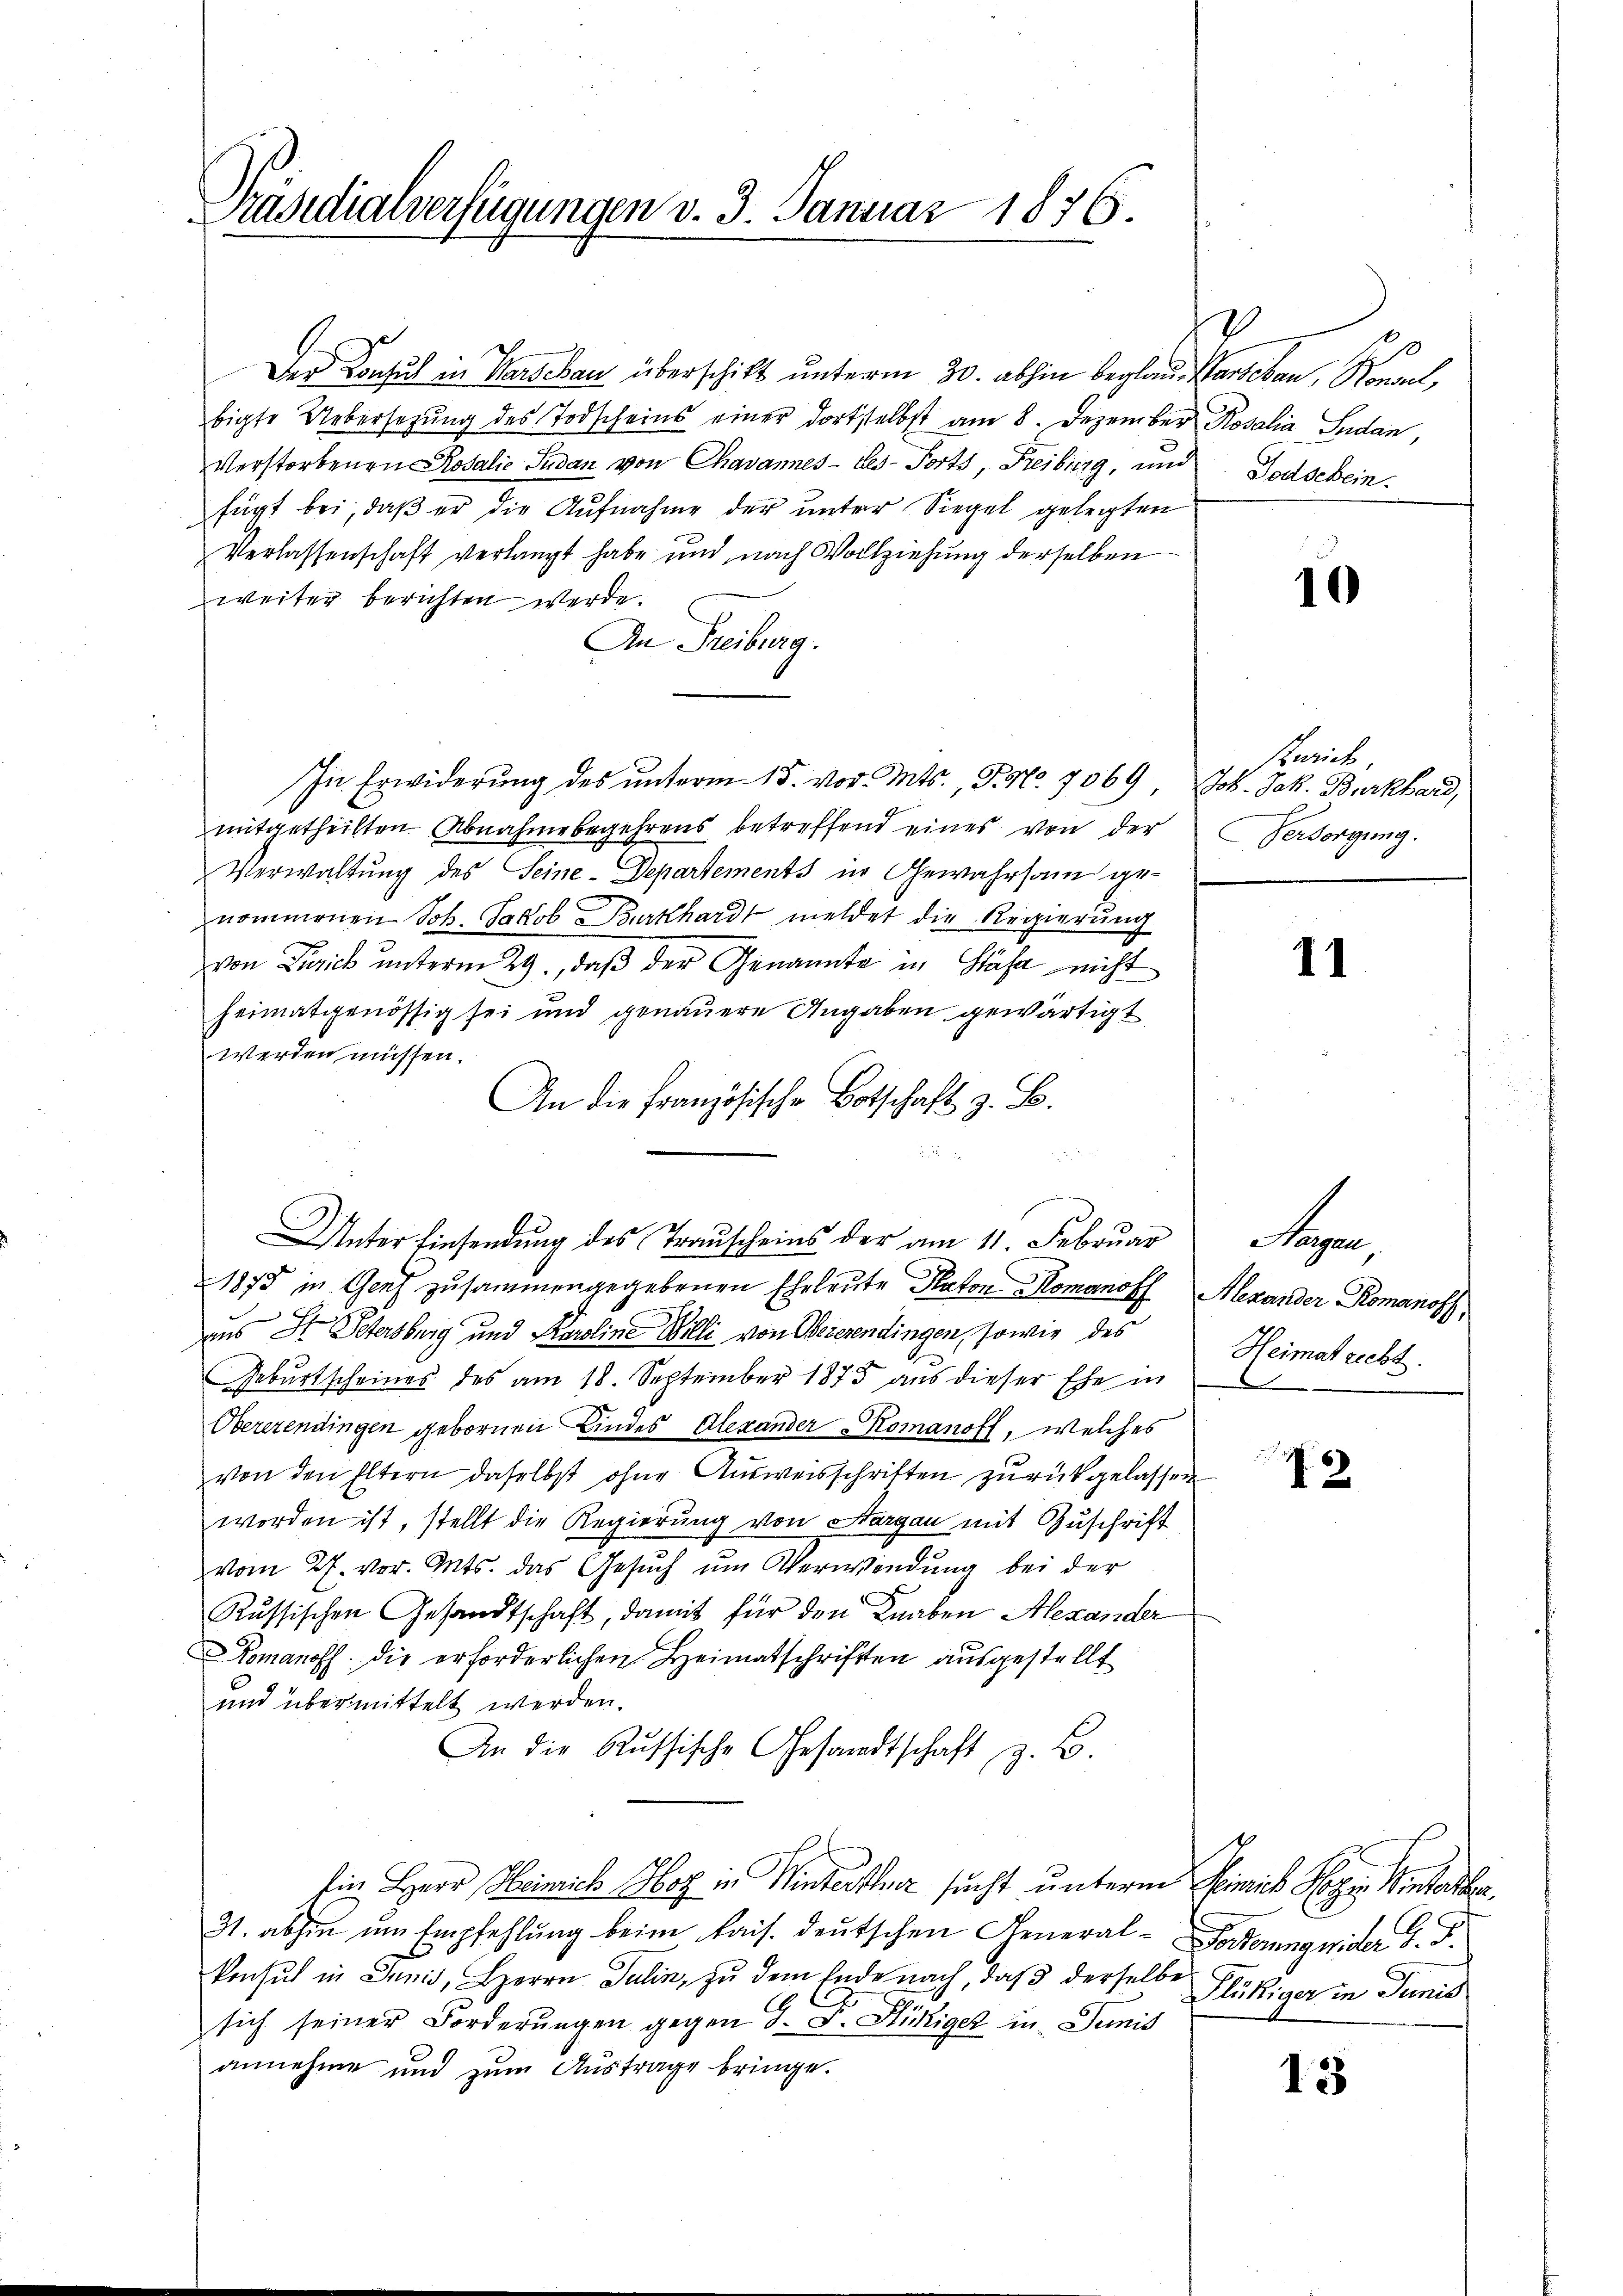
Präsidialverfügungen v. 3. Januar 1876.

Der Konsul in Warschau überschikt unterm 30. abhin beglau. Warschau, Konsul,
bigte Uebersetzung des Todscheins einer dortselbst am 8. Dezember Rosalia Sudan,
Verstorbenen Rosalie Judan von Chavannes-Les-Forts, Freiburg, und
fügt bei, daß er die Aufnahme der unter Siegel gelegten
Verlassenschaft verlangt habe und nach Vollziehung derselben
weiter berichten werde.
An Freiburg.
In Erwiderŭng des ŭnterm 15. vor. Mts., S. Nr. 7069, Joh. Jak. Burkhard,
mitgetheilten Abnahme begehrens betreffend eines von der Versorgung.
Verwaltung des Seine-Departements in Gewahrsam genommenen Joh. Jakob Burkhardt meldet die Regierung
von Zürich unterm 29., daß der Genannte in Stäfa nicht
heimatgenössig sei und genauere Angaben gewärtigt
werden müssen.
An die französische Botschaft z. B.
Unter Einsendung des Trauscheins der am 11. Februar
1875 in Genf zusammengegebenen Eheleute Naton Romanoff Alexander Romanoff,
aus St. Petersburg und Karoline Willi von Beierendingen, sowie des
Geburtscheines des am 18. September 1875 aus dieser Ehe in
Obererendingen gebornen Kindes Alexander Komanoff, welches
von den Eltern daselbst ohne Ausweisschriften zurückgelassen
worden ist, stellt die Regierung von Sargau mit Zuschrift
vom 27. vor. Ants. das Gesuch um Verwendung bei der
Russischen Gesandtschaft, damit für den Knaben Alexander
Komanoff. die erforderlichen Heimatschriften ausgestellt
und übermittelt werden.
An die Russische Gesandtschaft z. B
Ein Herr Heinrich Hotz in Winterthur sucht unterm Heinrich Spin Winterber
31. abhin um Empfehlung beim kais. deutschen General- Forderung wider S. S.
konsul in Junis, Herrn Julin, zu dem Ende nach, daß derselbe
sich seiner Forderungen gegen J. F. Hückiger in Junis
annehme und zum Austrage bringe.

V
0
Todschein.

10

sweich

11

Peyer
Heimatrecht.

I2

Flückiger in Junis

15